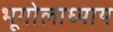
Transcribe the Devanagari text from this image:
भूगोलाध्याय